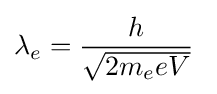
\lambda _{e}={\frac {h}{\sqrt {2m_{e}eV}}}\